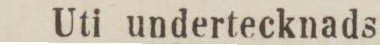
Uti undertecknads